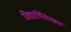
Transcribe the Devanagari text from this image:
विद्यार्थिसंख्या